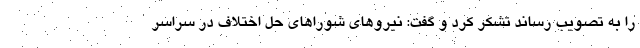
را به تصویب رساند تشکر کرد و گفت: نیروهای شوراهای حل اختلاف در سراسر